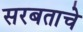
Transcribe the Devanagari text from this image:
सरबताचे